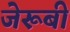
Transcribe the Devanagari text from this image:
जेरूबी